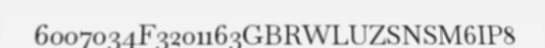
6007034F3201163GBRWLUZSNSM6IP8